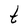
Character: t